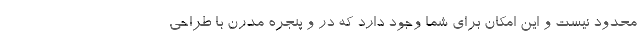
محدود نیست و این امکان برای شما وجود دارد که در و پنجره مدرن با طراحی